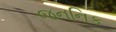
જનનિક